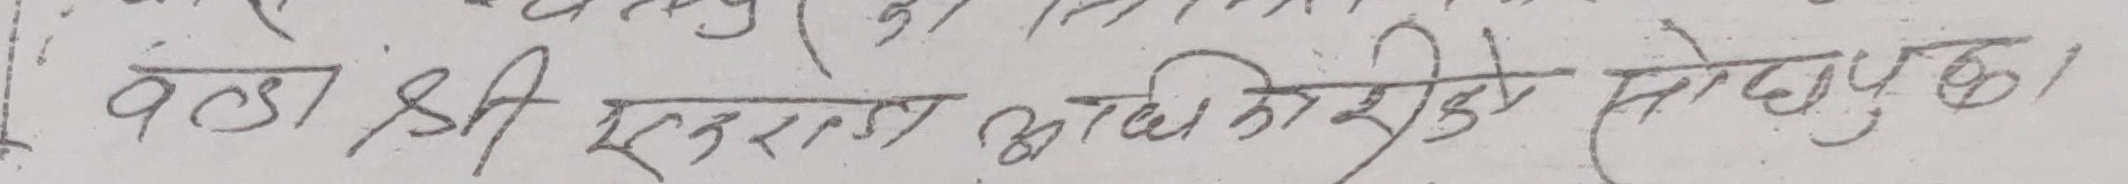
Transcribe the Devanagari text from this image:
वडा श्री एकराज अधि का शिदु मोही पुत्र।